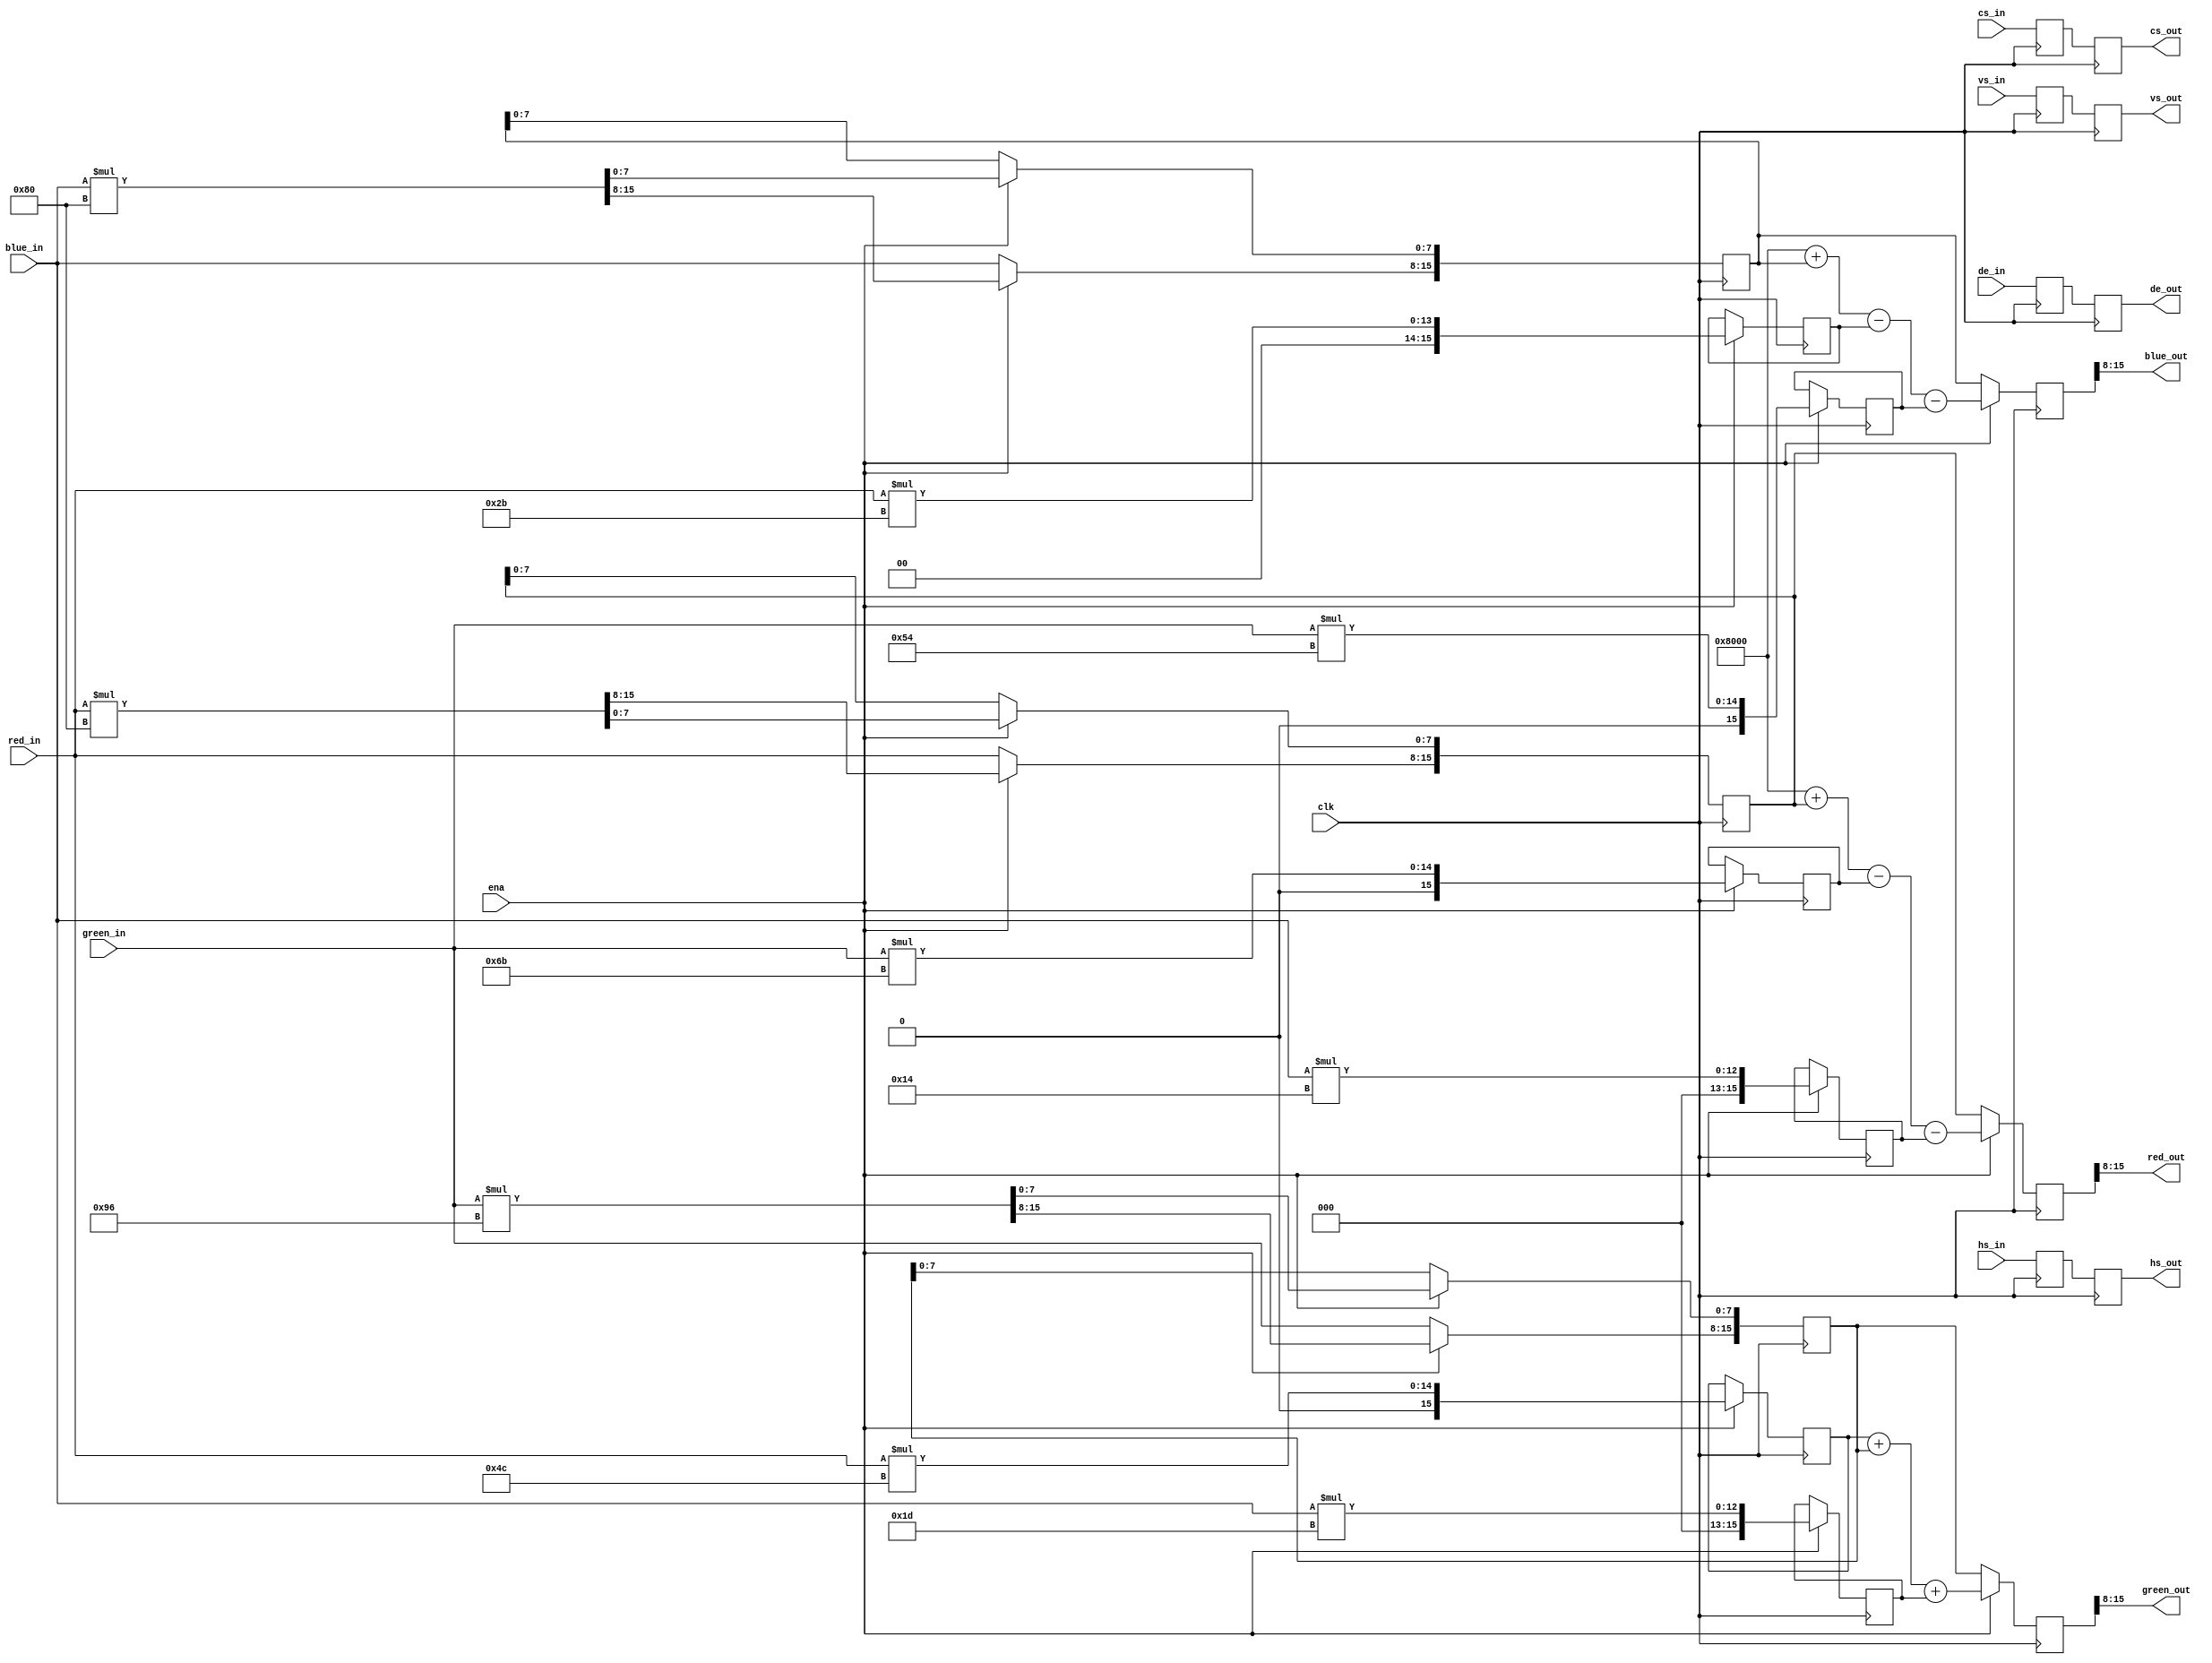
// Multiplier-based RGB -> YPbPr conversion

// Copyright 2020/2021 by Alastair M. Robinson

module RGBtoYPbPr #(parameter WIDTH = 8)(
	input clk,
	input ena,

	input [WIDTH-1:0] red_in,
	input [WIDTH-1:0] green_in,
	input [WIDTH-1:0] blue_in,
	input hs_in,
	input vs_in,
	input cs_in,
	input de_in,

	output [WIDTH-1:0] red_out,
	output [WIDTH-1:0] green_out,
	output [WIDTH-1:0] blue_out,
	output reg hs_out,
	output reg vs_out,
	output reg cs_out,
	output reg de_out
);

reg [8+WIDTH-1:0] r_y=0;
reg [8+WIDTH-1:0] g_y=0;
reg [8+WIDTH-1:0] b_y=0;

reg [8+WIDTH-1:0] r_b;
reg [8+WIDTH-1:0] g_b;
reg [8+WIDTH-1:0] b_b;

reg [8+WIDTH-1:0] r_r;
reg [8+WIDTH-1:0] g_r;
reg [8+WIDTH-1:0] b_r;

reg [8+WIDTH-1:0] y;
reg [8+WIDTH-1:0] b;
reg [8+WIDTH-1:0] r;

reg hs_d;
reg vs_d;
reg cs_d;
reg de_d;

assign red_out   = r[8+WIDTH-1:8];
assign green_out = y[8+WIDTH-1:8];
assign blue_out  = b[8+WIDTH-1:8];

// Multiply in the first stage...
always @(posedge clk) begin
	hs_d <= hs_in;		// Register sync, pixel clock, etc
	vs_d <= vs_in;		// so they're delayed the same amount as the incoming video
	cs_d <= cs_in;
	de_d <= de_in;

	if(ena) begin
		// (Y  =  0.299*R + 0.587*G + 0.114*B)
		r_y <= red_in   * 8'd76;
		g_y <= green_in * 8'd150;
		b_y <= blue_in  * 8'd29;

		// (Pb = -0.169*R - 0.331*G + 0.500*B)
		r_b <= red_in   * 8'd43;
		g_b <= green_in * 8'd84;
		b_b <= blue_in  * 8'd128;

		// (Pr =  0.500*R - 0.419*G - 0.081*B)
		r_r <= red_in   * 8'd128;
		g_r <= green_in * 8'd107;
		b_r <= blue_in  * 8'd20;
	end else begin
		r_r[8+WIDTH-1:8] <= red_in; // Passthrough
		g_y[8+WIDTH-1:8] <= green_in;
		b_b[8+WIDTH-1:8] <= blue_in;
	end

end

// Second stage - adding

always @(posedge clk) begin
	hs_out <= hs_d;
	vs_out <= vs_d;
	cs_out <= cs_d;
	de_out <= de_d;

	if(ena) begin
		y <= r_y + g_y + b_y;
		b <= 14'd2**(8+WIDTH-1) + b_b - r_b - g_b;
		r <= 14'd2**(8+WIDTH-1) + r_r - g_r - b_r;
	end else begin
		y <= g_y;	// Passthrough
		b <= b_b;
		r <= r_r;
	end
end

endmodule